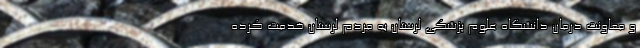
و معاونت درمان دانشگاه علوم پزشکی لرستان به مردم لرستان خدمت کرده